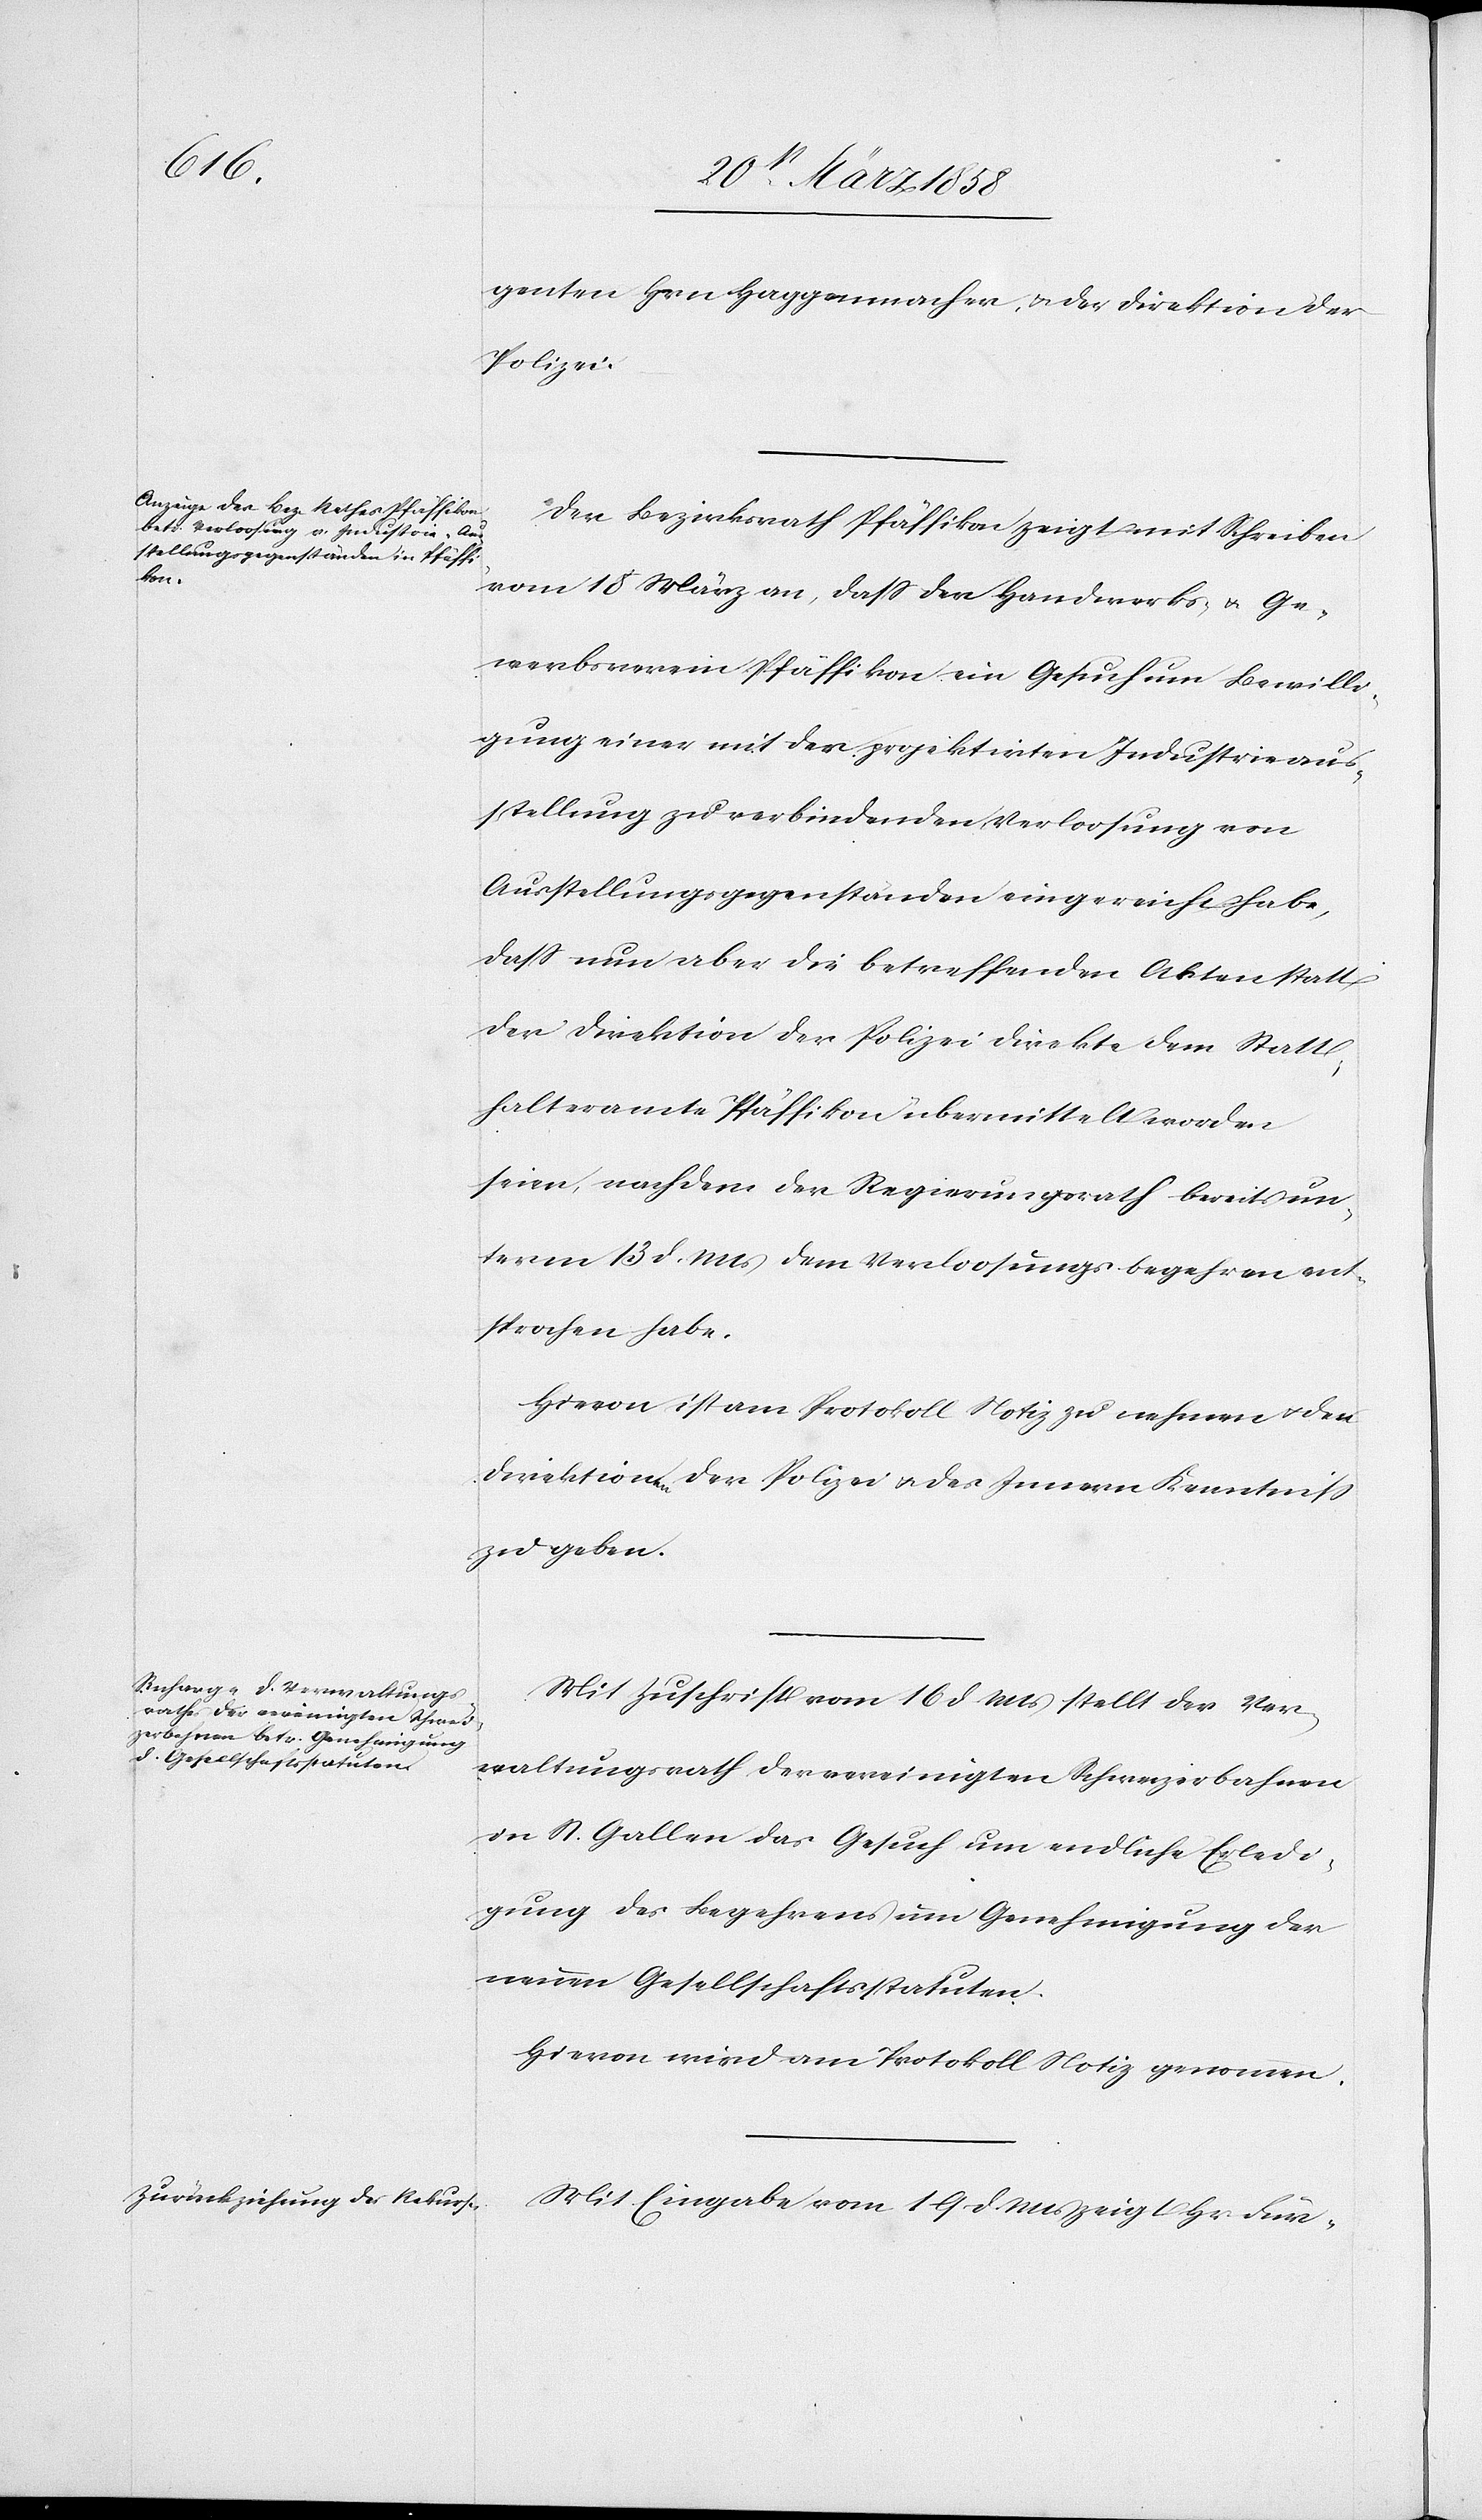
genten Hrn. Haggenmacher u. der Direktion der
Polizei.
Der Bezirksrath Pfäffikon zeigt mit Schreiben
vom 18. März an, daß der Handwerks- u. Ge¬
werbsverein Pfäffikon ein Gesuch um Bewilli¬
gung einer mit der projektirten Industrieaus¬
stellung zu verbindenden Verloosung von
Ausstellungsgegenständen eingereicht habe,
daß nun aber die betreffenden Akten statt
der Direktion der Polizei direkte dem Statt¬
halteramte Pfäffikon übermittelt worden
seien, nachdem der Regierungsrath bereits un¬
term 13. d. Mts. dem Verloosungsbegehren ent¬
sprochen habe.
Hievon ist am Protokoll Notiz zu nehmen u. den
Direktionen der Polizei u. des Innern Kenntniß
zu geben.
Mit Zuschrift vom 16. d. Mts. stellt der Ver¬
waltungsrath der vereinigten Schweizerbahnen
in St. Gallen das Gesuch um endliche Erledi¬
gung des Begehrens um Genehmigung der
neuen Gesellschaftsstatuten.
Hievon wird am Protokoll Notiz genommen.
Mit Eingabe vom 19. d. Mts. zeigt Hr. Für-